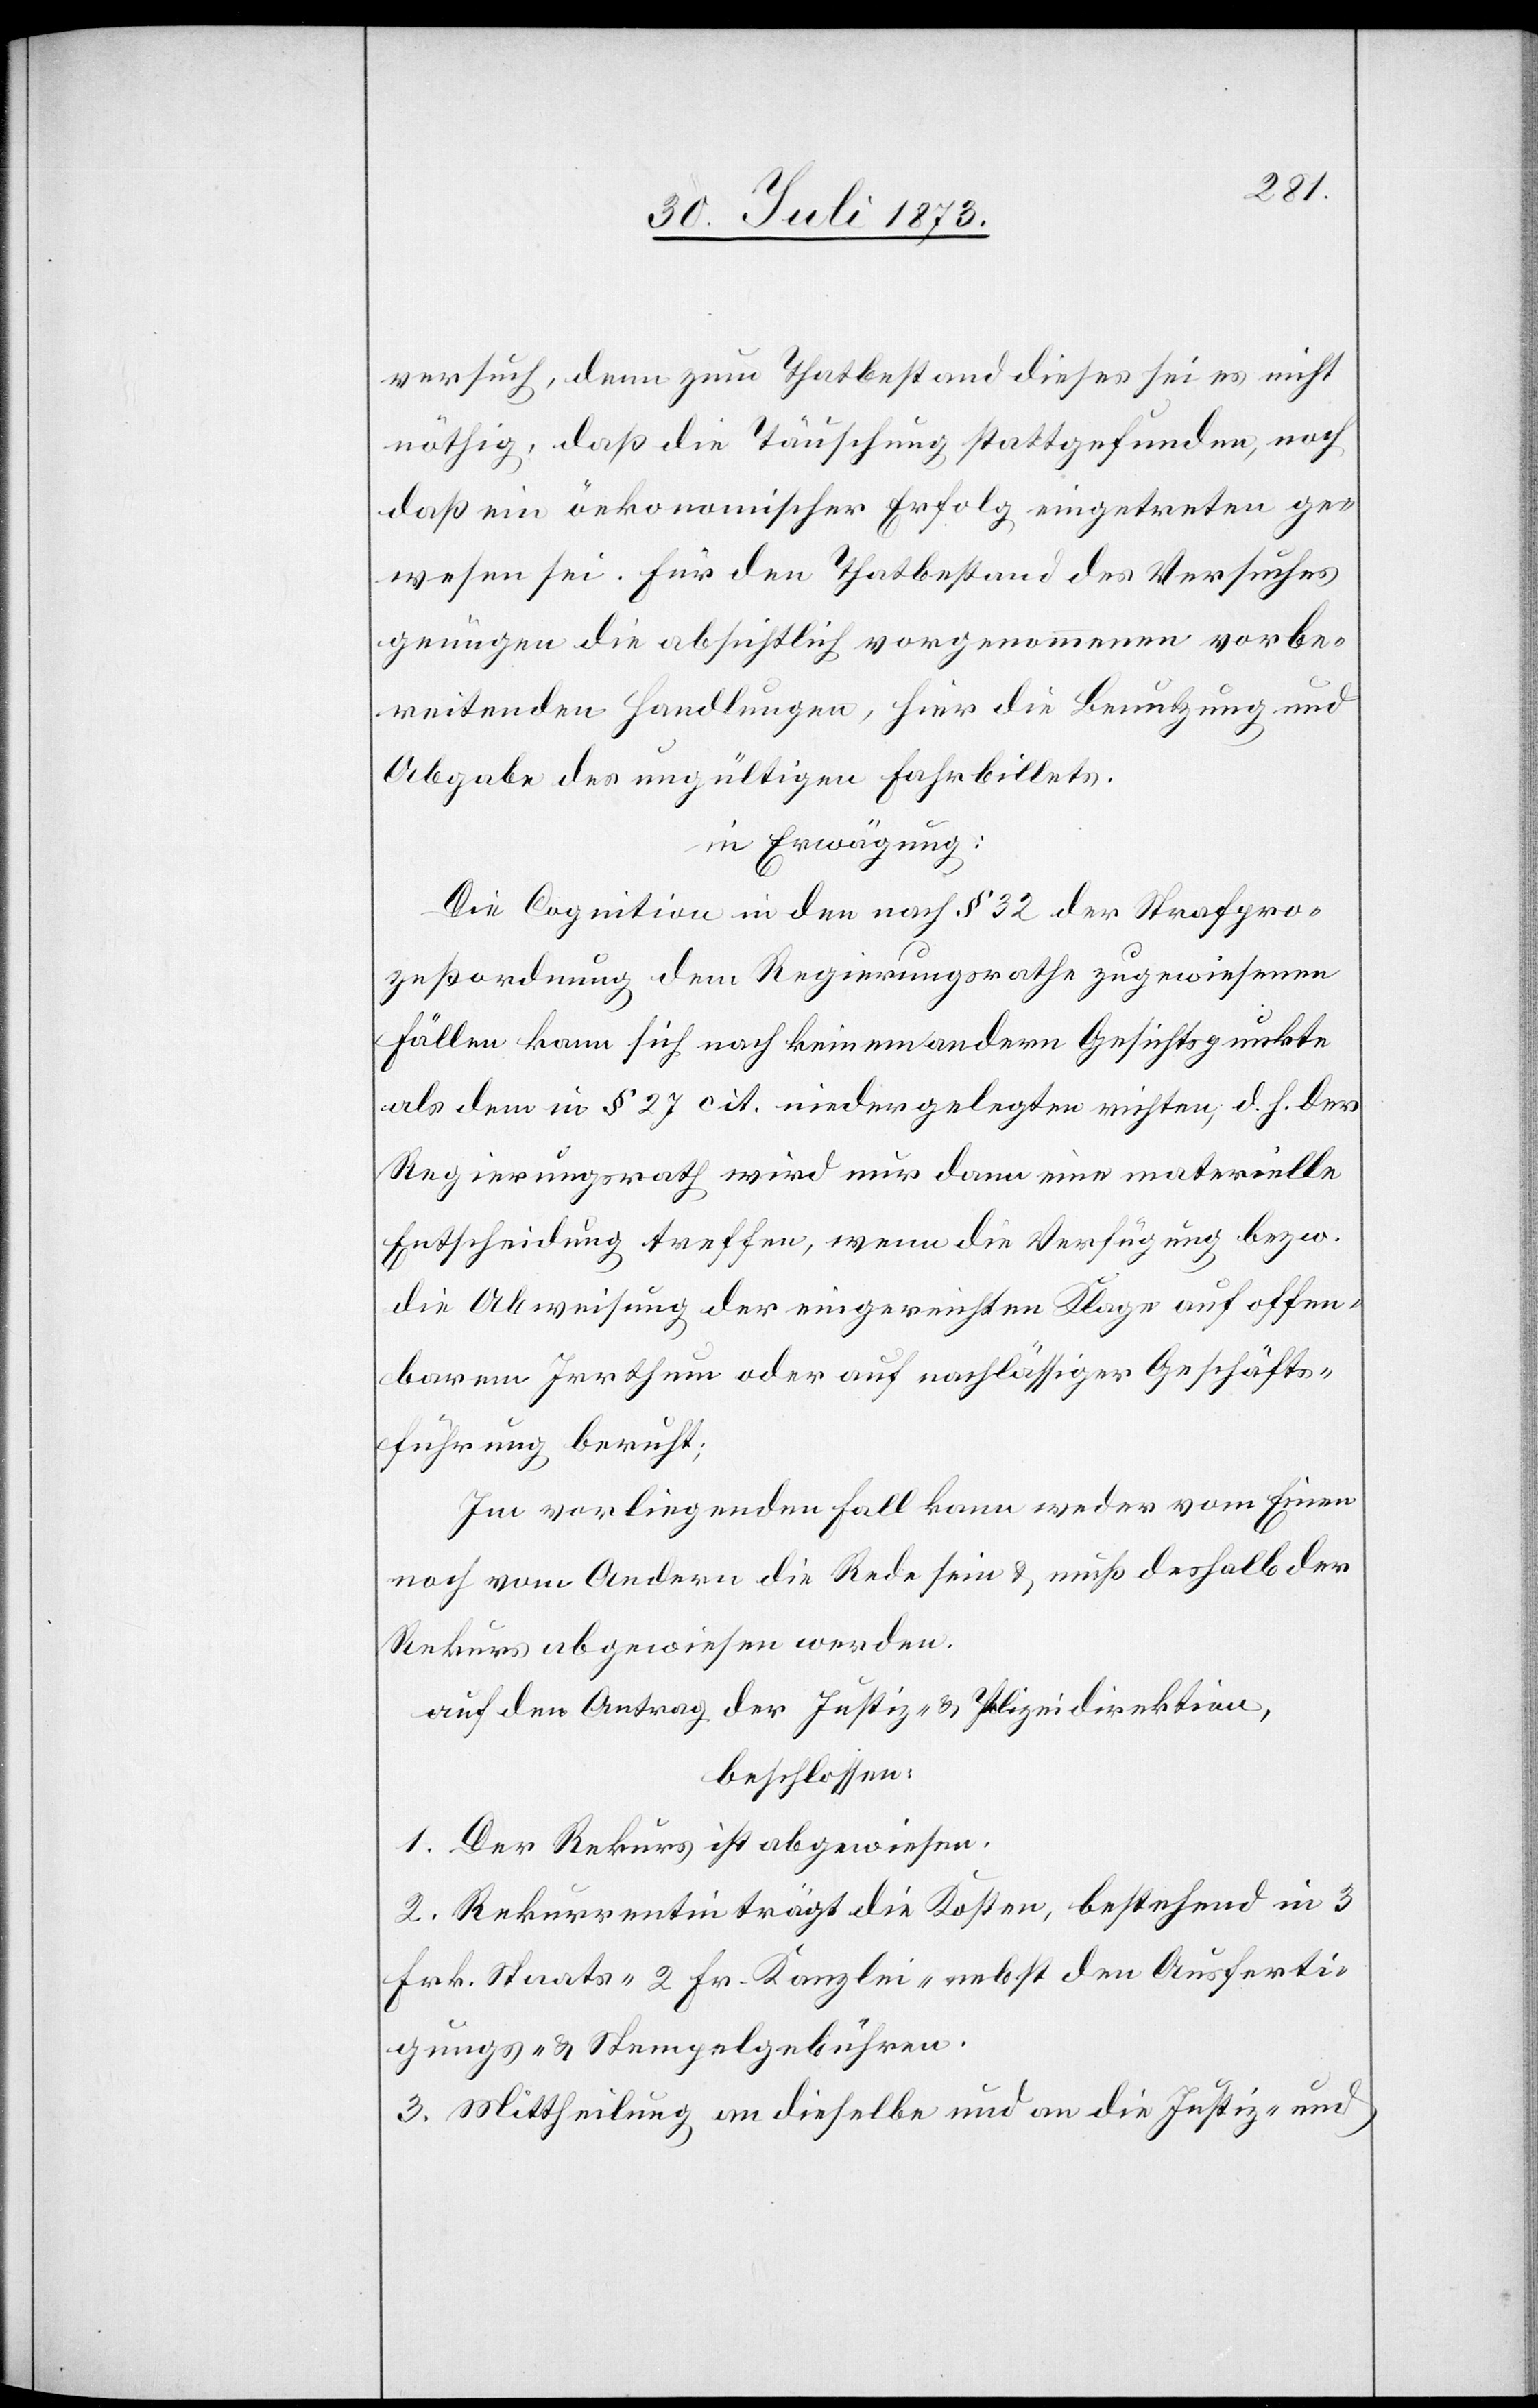
versuch, denn zum Thatbestand dieses sei es nicht
nöthig, daß die Täuschung stattgefunden, noch
daß ein öekonomischer Erfolg eingetreten ge¬
wesen sei. Für den Thatbestand des Versuches
genügen die absichtlich vorgenommenen vorbe¬
reitenden Handlungen, hier die Benutzung und
Abgabe des ungültigen Fahrbillets.
in Erwägung:
Die Cognition in den nach § 32 der Strafpro¬
zeßordnung dem Regierungsrathe zugewiesenen
Fällen kann sich nach keinem andern Gesichtspunkte
als dem in § 27 cit. niedergelegten richten, d. h. der
Regierungsrath wird nur dann eine materielle
Entscheidung treffen, wenn die Verfügung bezw.
die Abweisung der eingereichten Klage auf offen¬
barem Irrthum oder auf nachlässiger Geschäfts¬
führung beruht;
Im vorliegenden Fall kann weder vom Einen
noch vom Andern die Rede sein & muß deshalb der
Rekurs abgewiesen werden.
auf den Antrag der Justiz- & Polizeidirektion,
beschlossen:
1. Der Rekurs ist abgewiesen.
2. Rekurrentin trägt die Kosten, bestehend in 3
Frk. Staats- 2 Fr. Kanzlei- nebst den Ausferti¬
gungs- & Stempelgebühren.
3. Mittheilung an dieselbe und an die Justiz- und